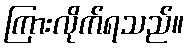
ကြားလိုက်ရသည်။